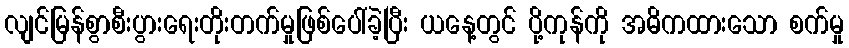
လျင်မြန်စွာစီးပွားရေးတိုးတက်မှုဖြစ်ပေါ်ခဲ့ပြီး ယနေ့တွင် ပို့ကုန်ကို အဓိကထားသော စက်မှု